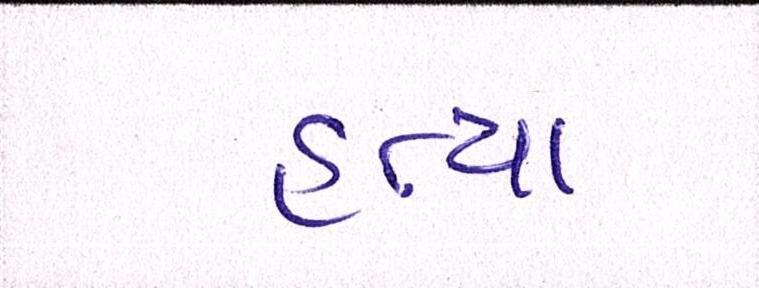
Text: હત્યા